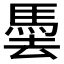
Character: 𩢧